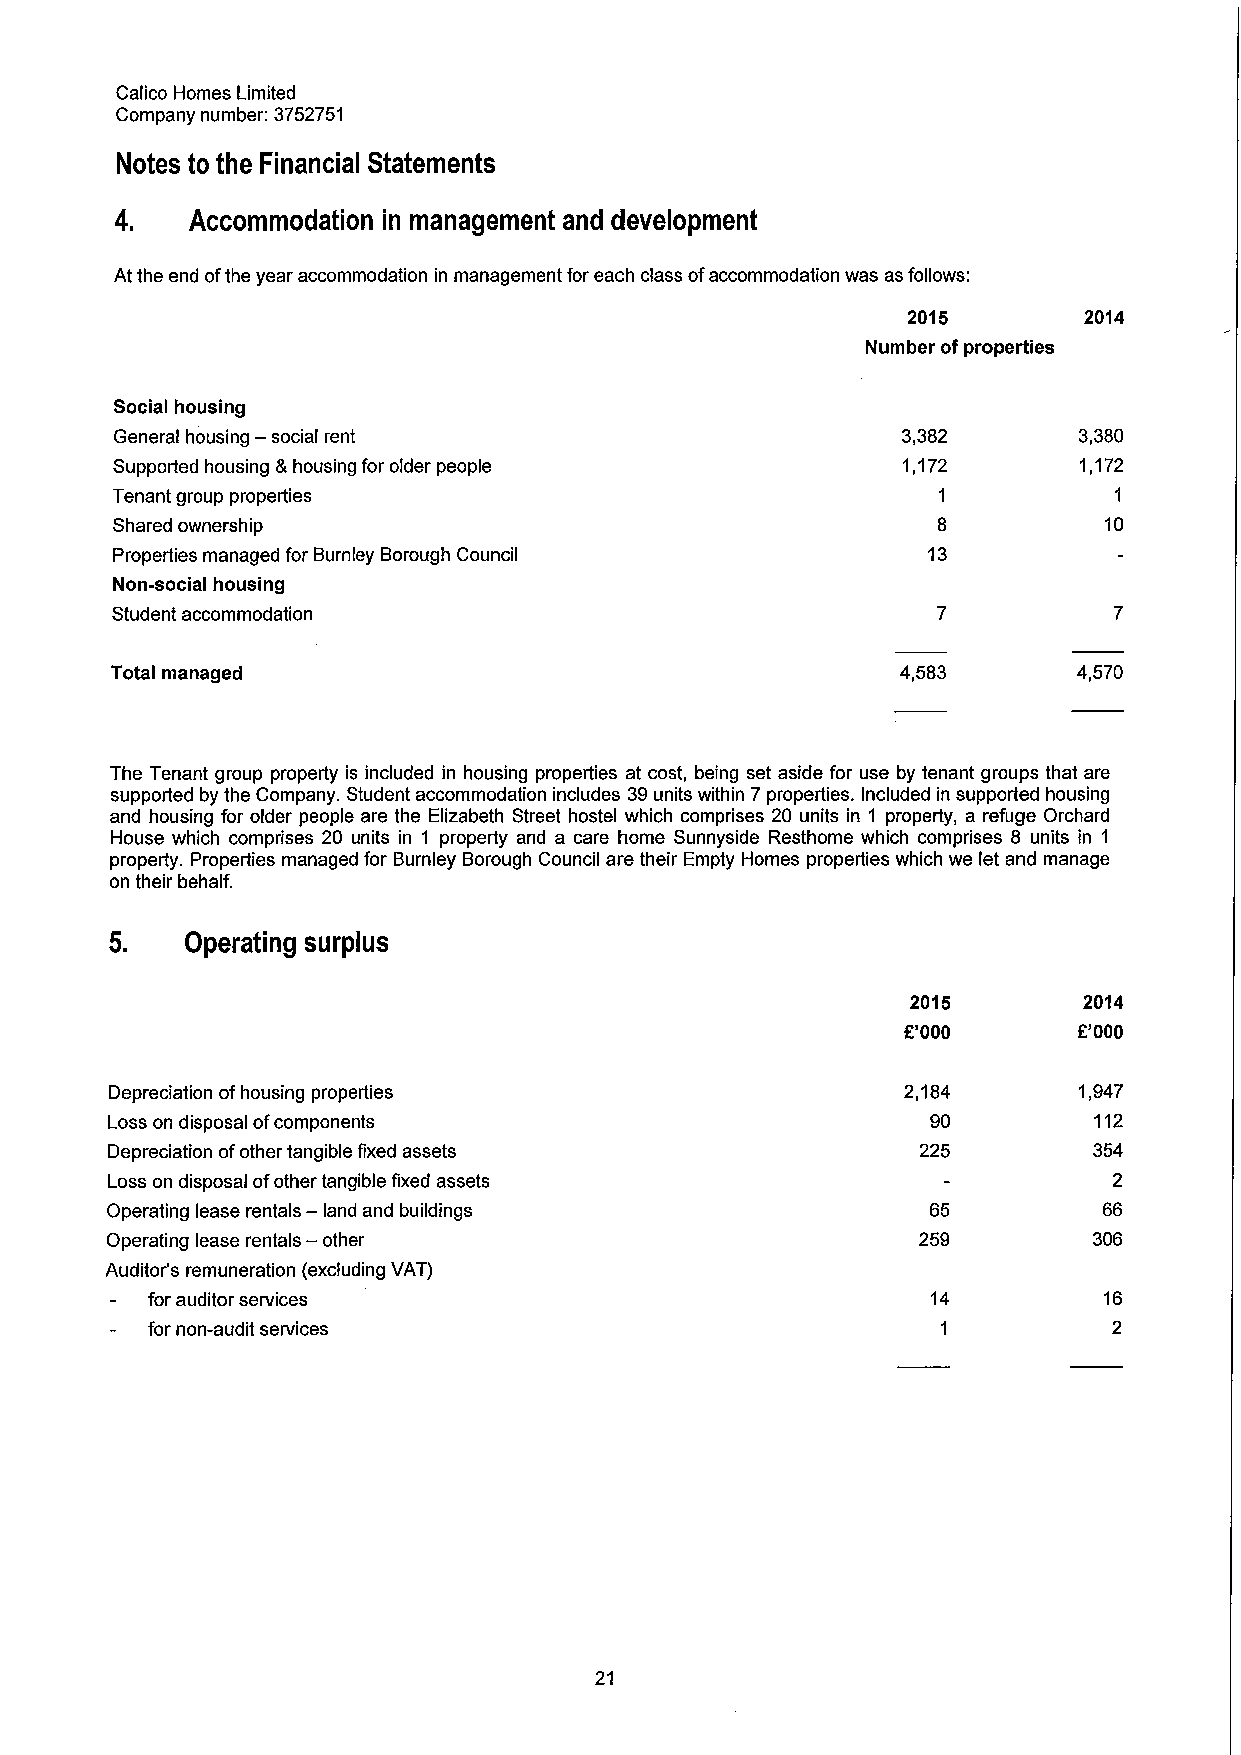
Calico Homes Limited
 Company number: 3752751
 Notes to the Financial Statements
 4.   Accommodation in management and development
 At the end ofthe year accommodation in management for each class ofaccommodation was as follows:
 2015        2014
 Number ofproperties
 Social housing
 General housing — social rent                       3,382      3,380
 Supported housing &housing for older people          1,172      1,172
 Tenant group properties                                1           1
 Shared ownership                                                  10
 Properties managed for Burnley Borough Council        13
 Non-social housing
 Student accommodation
 Total managed                                        4,583      4,570
 The Tenant group property is included in housing properties at cost, being set aside for use by tenant groups that are
 supported by the Company. Student accommodation includes 39units within 7properties. Included in supported housing
 and housing for older people are the Elizabeth Street hostel which comprises 20 units in 1 property, a refuge Orchard
 House which comprises 20 units in 1 property and a care home Sunnyside Resthome which comprises 8 units in 1
 property. Properties managed for Burnley Borough Council are their Empty Homes properties which we let and manage
 on their behalf.
 5.   Operating surplus
 2015        2014
 K'000      E'000
 Depreciation ofhousing properties                    2,184      1,947
 Loss on disposal ofcomponents                          90        112
 Depreciation ofother tangible fixed assets            225        354
 Loss on disposal ofother tangible fixed assets                     2
 Operating lease rentals — land and buildings           65         66
 Operating lease rentals — other                       259        306
 Auditor's remuneration (excluding VAT)
 for auditor services                                14         16
 for non-audit services                              1           2
 21